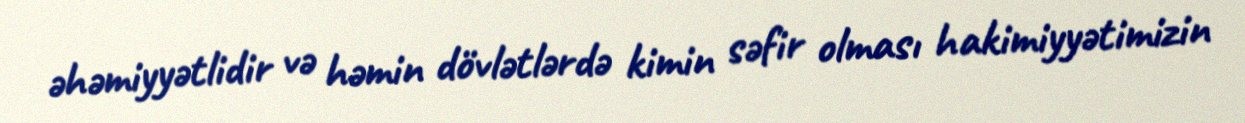
əhəmiyyətlidir və həmin dövlətlərdə kimin səfir olması hakimiyyətimizin